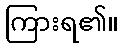
ကြားရ၏။